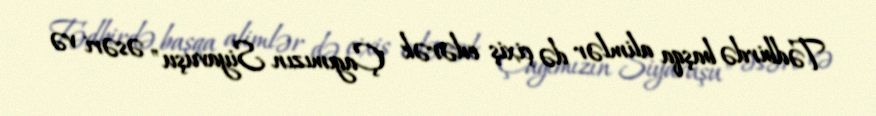
Tədbirdə başqa alimlər də çixiş edərək "Çagımızın Siyavuşu" əsəri və